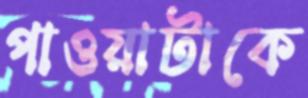
পাওয়াটাকে